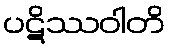
ပဋိဿဝါတိ